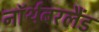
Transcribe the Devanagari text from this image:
नॉर्थबरलैंड